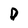
Character: D